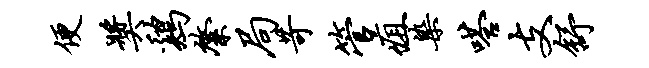
便奖鸡綮局苛管疽染嗒支舒